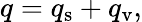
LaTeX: q=q_{\mathrm{s}}+q_{\mathrm{v}},